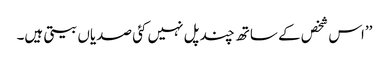
’’اس شخص کے ساتھ چند پل نہیں کئی صدیاں بیتی ہیں۔